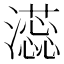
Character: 𬉡